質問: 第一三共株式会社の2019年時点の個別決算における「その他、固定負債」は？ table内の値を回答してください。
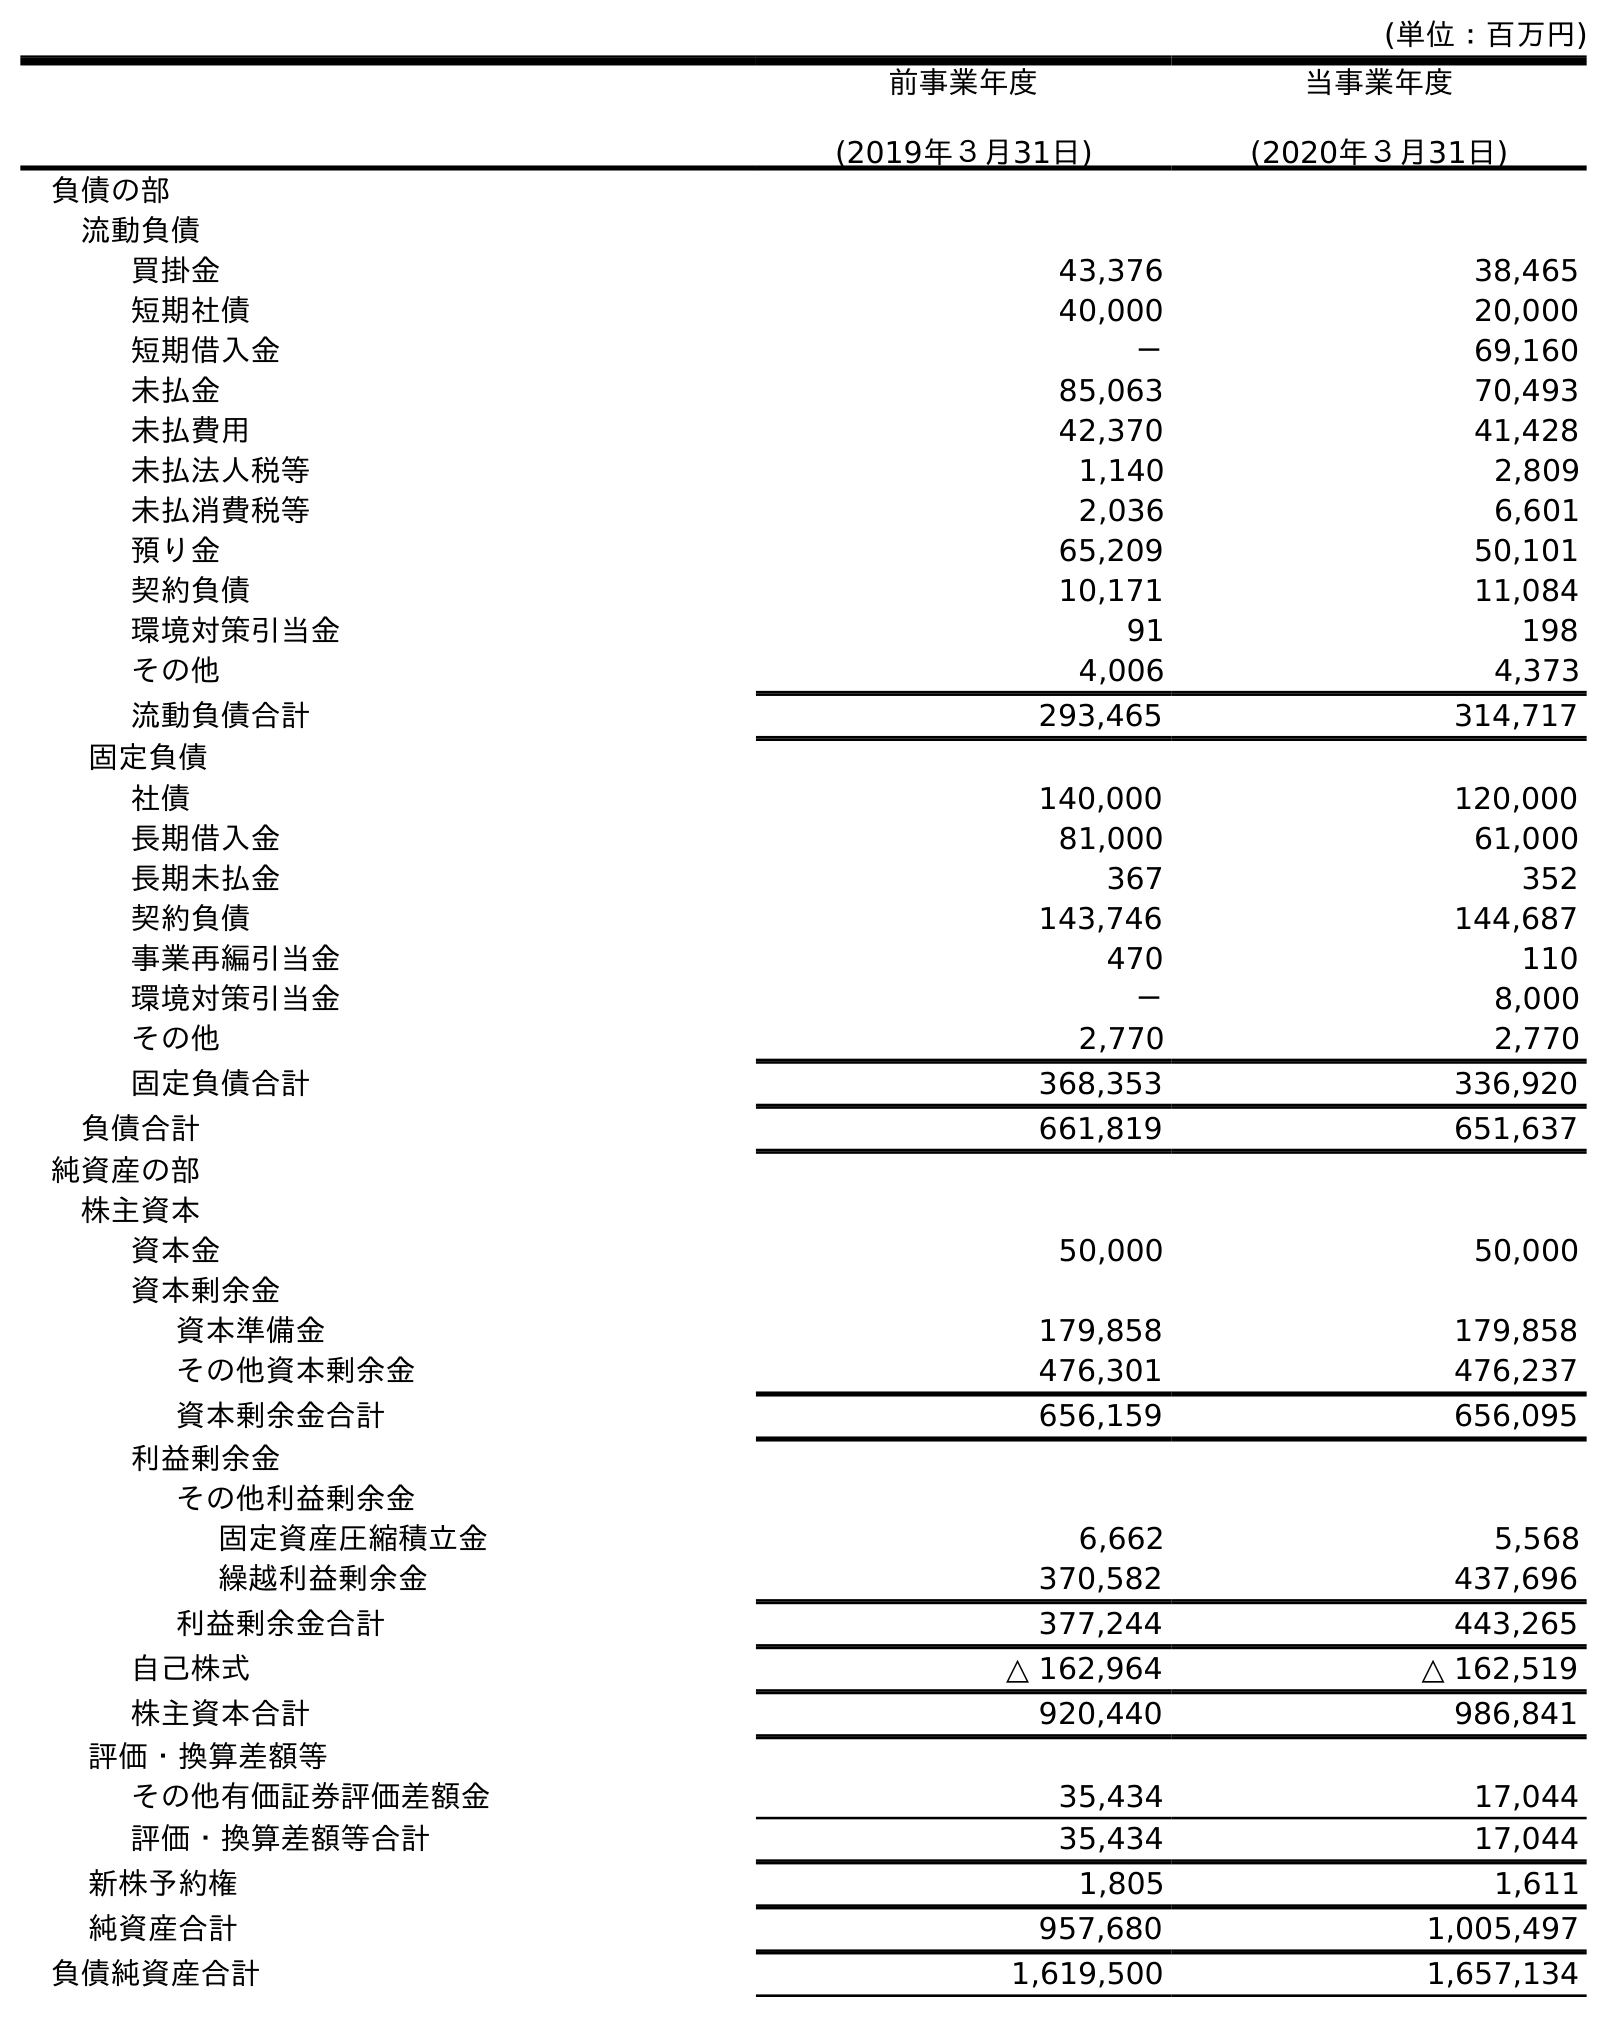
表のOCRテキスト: (単位：百万円) 前事業年度 (2019年３月31日) 当事業年度 (2020年３月31日) 負債の部 流動負債 買掛金 43,376 38,465 短期社債 40,000 20,000 短期借入金 － 69,160 未払金 85,063 70,493 未払費用 42,370 41,428 未払法人税等 1,140 2,809 未払消費税等 2,036 6,601 預り金 65,209 50,101 契約負債 10,171 11,084 環境対策引当金 91 198 その他 4,006 4,373 流動負債合計 293,465 314,717 固定負債 社債 140,000 120,000 長期借入金 81,000 61,000 長期未払金 367 352 契約負債 143,746 144,687 事業再編引当金 470 110 環境対策引当金 － 8,000 その他 2,770 2,770 固定負債合計 368,353 336,920 負債合計 661,819 651,637 純資産の部 株主資本 資本金 50,000 50,000 資本剰余金 資本準備金 179,858 179,858 その他資本剰余金 476,301 476,237 資本剰余金合計 656,159 656,095 利益剰余金 その他利益剰余金 固定資産圧縮積立金 6,662 5,568 繰越利益剰余金 370,582 437,696 利益剰余金合計 377,244 443,265 自己株式 △ 162,964 △ 162,519 株主資本合計 920,440 986,841 評価・換算差額等 その他有価証券評価差額金 35,434 17,044 評価・換算差額等合計 35,434 17,044 新株予約権 1,805 1,611 純資産合計 957,680 1,005,497 負債純資産合計 1,619,500 1,657,134
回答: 2,770